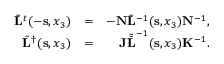
\begin{array} { r l r } { \tilde { \bf L } ^ { t } ( - { \bf s } , x _ { 3 } ) } & { = } & { - { \bf N } \tilde { \bf L } ^ { - 1 } ( { \bf s } , x _ { 3 } ) { \bf N } ^ { - 1 } , } \\ { \tilde { \bf L } ^ { \dagger } ( { \bf s } , x _ { 3 } ) } & { = } & { { \bf J } { \tilde { \bar { \bf L } } } ^ { - 1 } ( { \bf s } , x _ { 3 } ) { \bf K } ^ { - 1 } . } \end{array}